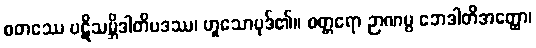
စတဿေ ပဋိသမ္ဘိဒါတိပဒဿ၊ ဟူသောပုဒ်၏။ စတ္တရော ဉာဏပ္ပ ဘေဒါတိအတ္ထော၊